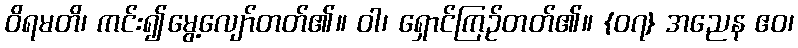
ဝိရမတိ၊ ကင်း၍မွေ့လျော်တတ်၏။ ဝါ၊ ရှောင်ကြဉ်တတ်၏။ {၀၇} အညေန ဧဝ၊